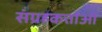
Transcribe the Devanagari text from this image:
संग्रहकर्त्ताओं